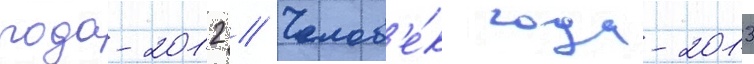
года-2012 // Челов'е́к года-2013